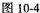
图10-4